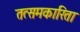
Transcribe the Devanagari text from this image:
तत्समकारिता